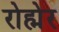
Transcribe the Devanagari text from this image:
रोह्मेर